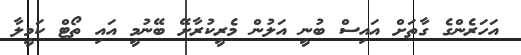
އަހަރެންގެ ގާތަށް އައިސް ބުނީ އަލުން މެރީކުރާށޭ ބޭނުމީ އައި ތޯޓް ކަމީލާ